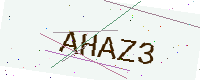
Text: AHAZ3